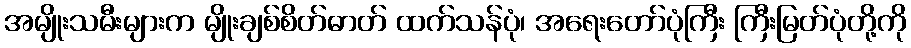
အမျိုးသမီးများက မျိုးချစ်စိတ်ဓာတ် ထက်သန်ပုံ၊ အရေးတော်ပုံကြီး ကြီးမြတ်ပုံတို့ကို